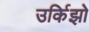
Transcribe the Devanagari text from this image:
उर्किझो